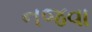
નજવા